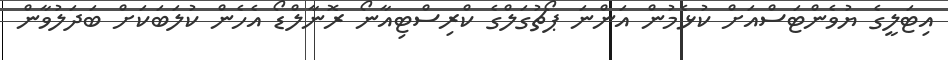
އިޓަލީގެ ޔުވެންޓަސްއަށް ކުޅެމުން އަންނަ ޕޯޗުގަލްގެ ކްރިސްޓިއާނޯ ރޮނާލްޑޯ އެހެން ކުލަބަކަށް ބަދަލުވާން